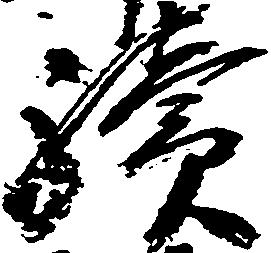
続